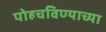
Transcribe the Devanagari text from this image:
पोहचविण्याच्या